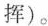
挥）。